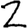
Digit: 2